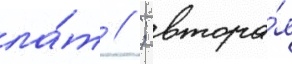
ла́т // ; втора́я